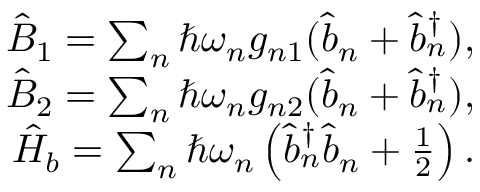
\begin{array} { r l r } & { } & { \hat { B } _ { 1 } = \sum _ { n } \hbar \omega _ { n } g _ { n 1 } ( \hat { b } _ { n } + \hat { b } _ { n } ^ { \dagger } ) , } \\ & { } & { \hat { B } _ { 2 } = \sum _ { n } \hbar \omega _ { n } g _ { n 2 } ( \hat { b } _ { n } + \hat { b } _ { n } ^ { \dagger } ) , } \\ & { } & { \hat { H } _ { b } = \sum _ { n } \hbar \omega _ { n } \left( \hat { b } _ { n } ^ { \dagger } \hat { b } _ { n } + \frac { 1 } { 2 } \right) . } \end{array}